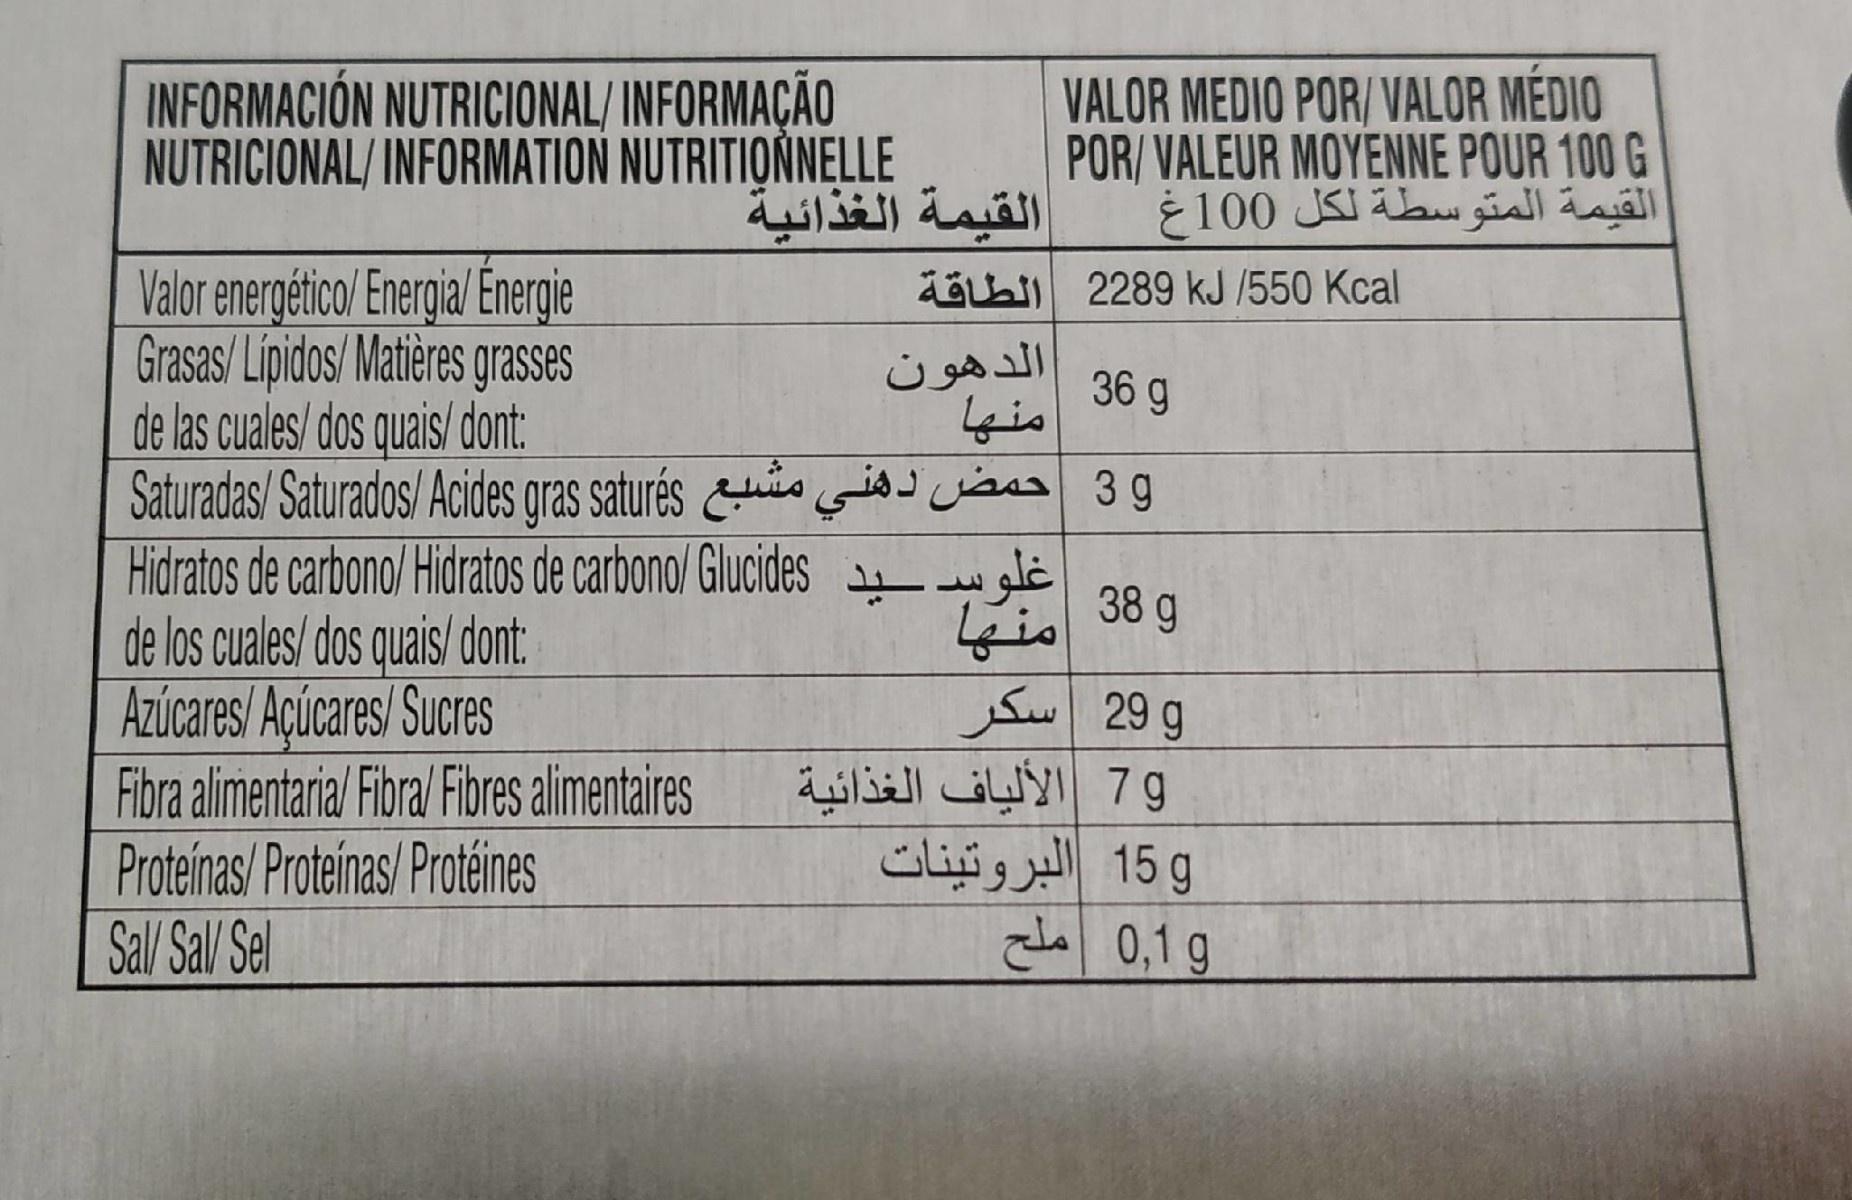
INFORMACIÓN NUTRICIONAL/ INFORMAÇÃO NUTRICIONAL/ INFORMATION NUTRITIOÑNELLE القيمة الغذائية VALOR MEDIO POR/ VALOR MÉDIO POR/ VALEUR MOYENNE POUR 100 G القيمة المتوسطة لكل 0 10غ Valor energético/ Energia/ Energie Grasas/ Lipidos/ Matières grasses de las cuales/dos quais/ dont: Saturadas/ Saturados/ Acides gras saturés o i cisss 39 Hidratos de carbono/ Hidratos de carbono/ Glucides de los cuales/ dos quais/ dont: Azúcares/ Açúcares/ Sucres Fibra alimentaria/ Fibra/ Fibres alimentaires Proteinas/ Proteinas/ Protéines Sal/ Sal/ Sel ä 2289 kJ /550 Kcal الدهون 36 g 38 g و 29 سكر 79 الألياف الغذائية 15g البروتينات 0,1 g